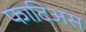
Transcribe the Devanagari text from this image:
फाटिअस